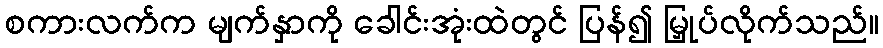
စကားလက်က မျက်နှာကို ခေါင်းအုံးထဲတွင် ပြန်၍ မြှုပ်လိုက်သည်။